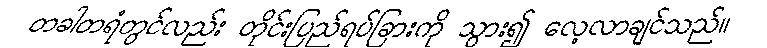
တခါတရံတွင်လည်း တိုင်းပြည်ရပ်ခြားကို သွား၍ လေ့လာချင်သည်။